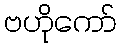
ဗဟိုကော်